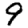
Digit: 9